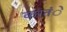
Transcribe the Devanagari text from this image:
करतंे